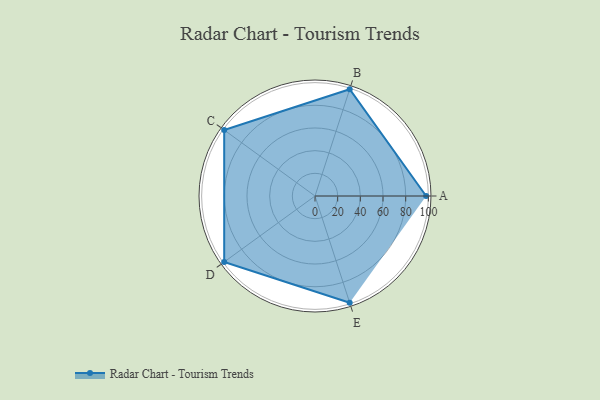
{"axis": {"x": "Skill", "y": "Score"}, "legend": ["Profile"], "data": [{"x": "A", "y": 98.0, "type": "Profile"}, {"x": "B", "y": 99, "type": "Profile"}, {"x": "C", "y": 99, "type": "Profile"}, {"x": "D", "y": 99, "type": "Profile"}, {"x": "E", "y": 99, "type": "Profile"}]}